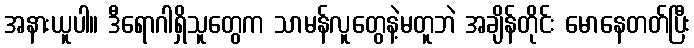
အနားယူပါ။ ဒီရောဂါရှိသူတွေက သာမန်လူတွေနဲ့မတူဘဲ အချိန်တိုင်း မောနေတတ်ပြီး